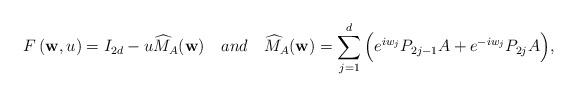
LaTeX: \begin{align*}F \left( {\bf w} , u \right) = I_{2d} - u \widehat{M}_A ( {\bf w} ) \ \ \ and \ \ \ \widehat{M}_A( {\bf w} )=\sum_{j=1}^{d} \Big( e^{i w_j } P_{2j-1} A + e^{-i w_j } P_{2j} A \Big) , \end{align*}